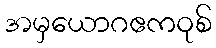
အမှယောဂဧကဝုစ်